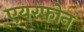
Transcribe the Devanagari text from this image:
एयरफोन